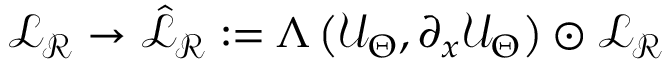
\mathcal { L } _ { \mathcal { R } } \rightarrow \hat { \mathcal { L } } _ { \mathcal { R } } : = \Lambda \left( \mathcal { U } _ { \Theta } , \partial _ { x } \mathcal { U } _ { \Theta } \right) \odot \mathcal { L } _ { \mathcal { R } }